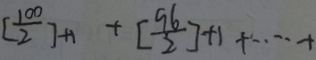
[ \frac { 1 0 0 } { 2 } ] + 1 + [ \frac { 9 6 } { 2 } ] + 1 + \cdots +